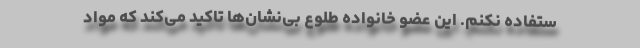
ستفاده نکنم. این عضو خانواده طلوع بی‌نشان‌ها تاکید می‌کند که مواد